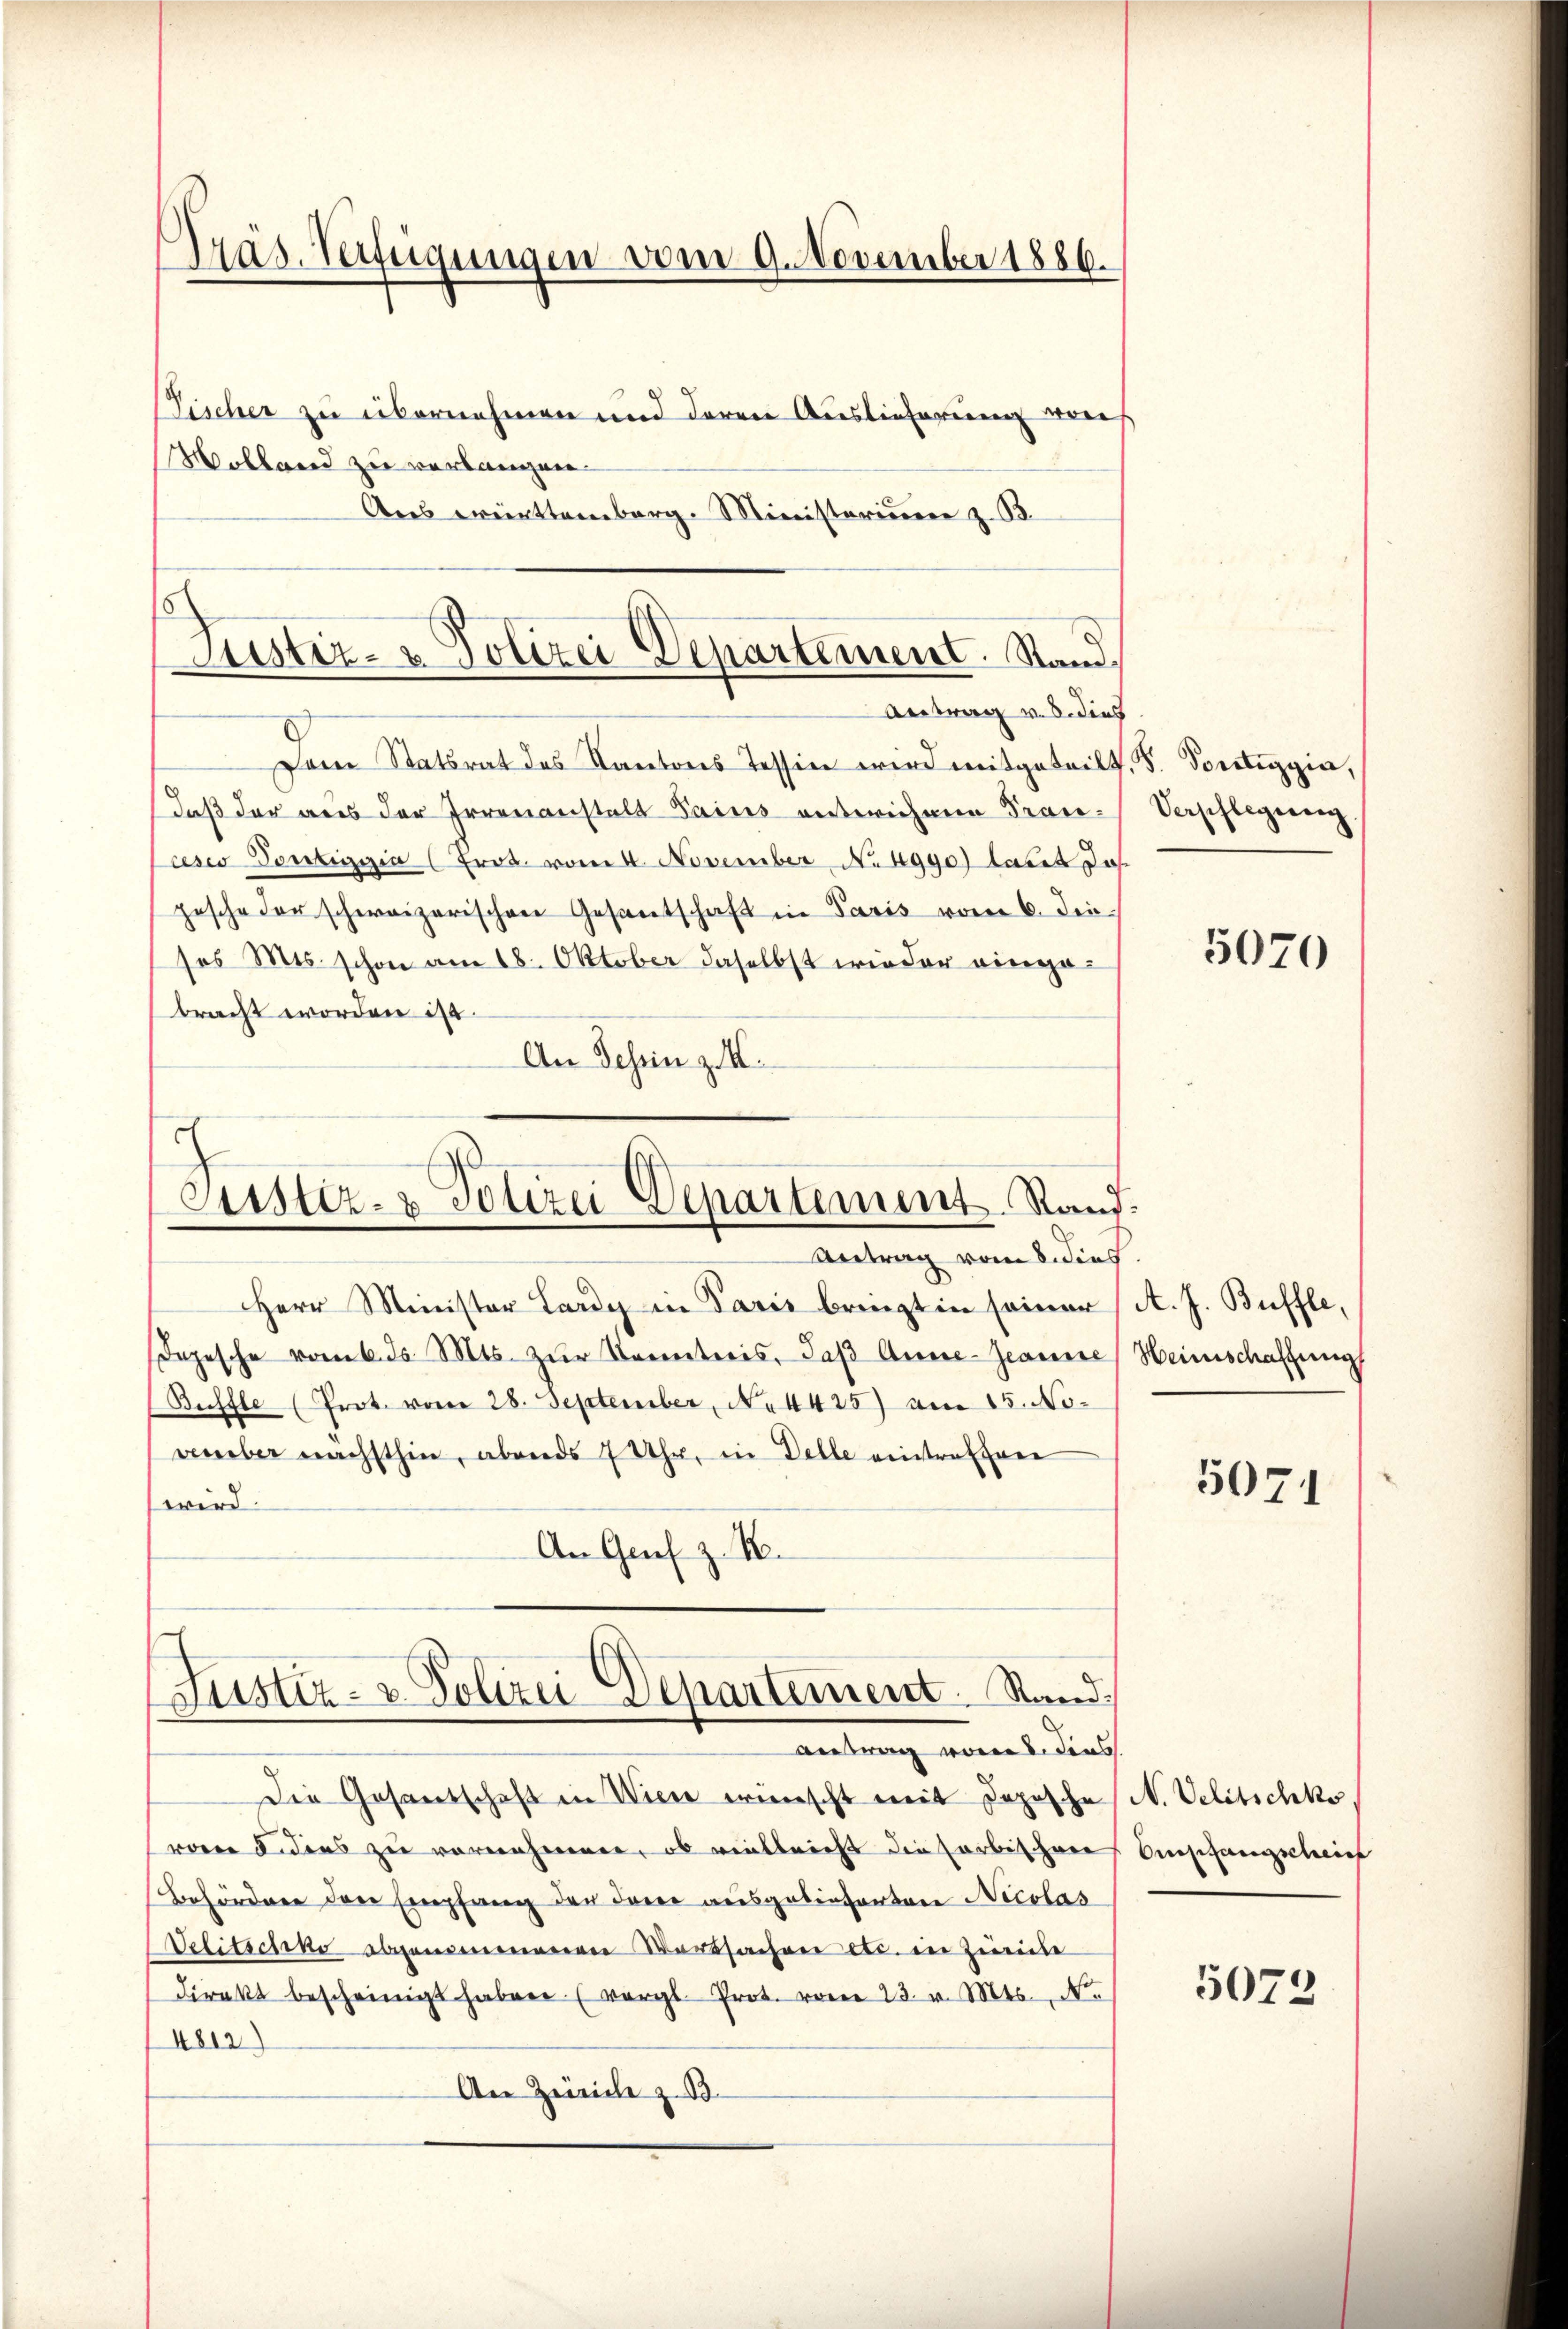
Präs. Verfügungen vom 9. November 1886.
Tischer zu übernehmen und deren Auslieferung vor
Molland zu verlangen.

Ans erinttemberg. Ministerium z. B.

Zustiz- & Polizei Departement. Stand,
Antrag v. 8. dies

Dem Statsrat des Kantons Tessin wird mitgeteilt, S. Portiggia,
daß der aus der Irrenanstalt Sains unterichnen Trau-
cesco Pontigia (Frod. vom 4. November No 4gge) laut Jos
pesche der schweizerischen Gesantschaft in Paris vom 6. die
sos Mts. schon am 18. Oktober daselbst wieder eingebracht worden ist.
An Schein zu.

d
Justiz- & Polizei Departement. Rand:
Antrag vom 8. dies.

Justiz- & Polizei Departement. Stand:
Antrag vor. dies

Herr Minister Lardy in Paris bringt in seiner
Dopesche vom 6. ds. Mts. zŭr Kenntnis, daß Anne-Jeanne
(Buffle (Prot. vom 28. September, No 4425) am 15. November nächsthin, abends 7 Uhr, in Delle eintralfrei
wird.
An Genf z. B.
Die Gesandschaft in Wien wünscht mit Deposche
roren Fidens zu vornehmenen, ob vielleicht die farbischen
Behördenen der Empfang der darer ausgebietenten Nicolas
Velitschko abgenommenen Vorssachen etc. in Zürich
direkt bescheinigt haben (vergl. Prot. vom 23. v. Mts. No
4812)
An Zürich z. B.

Verpflegung

5070

A. J. Buffle,
Heinschaffung

5071

N. Velitschko
Empfangscheint

5072